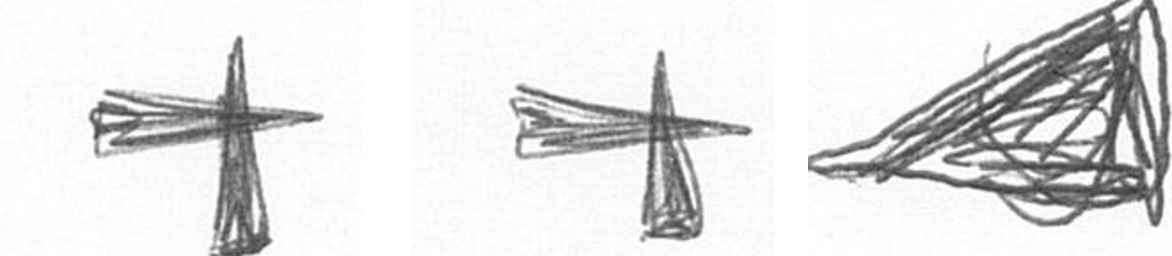
G G O